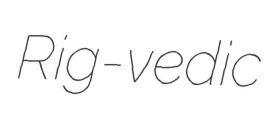
Rig-vedic